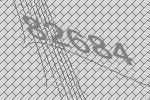
82684